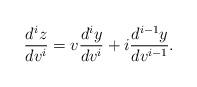
LaTeX: \begin{align*} \frac{d^{i}z}{dv^{i}}=v\frac{d^{i}y}{dv^{i}}+i\frac{d^{i-1}y}{dv^{i-1}}.\end{align*}